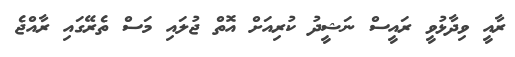
ރާއީ ވިދާޅުވީ ރައީސް ނަޝީދު ކުރިއަށް އޮތް ޖުލައި މަސް ތެރޭގައި ރާއްޖެ